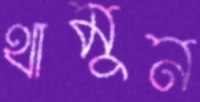
থামুন